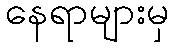
နေရာများမှ